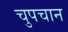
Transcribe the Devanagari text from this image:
चुपचान